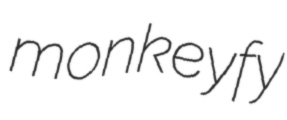
monkeyfy